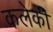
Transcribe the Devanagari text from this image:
कलेकी